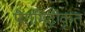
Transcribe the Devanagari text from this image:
पैरामिट्रीकृत